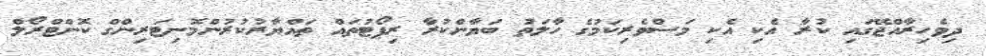
ދިވެހިރާއްޖޭގައި ކުރާ އެކި އެކި މަސްވެރިކަމުގެ ހާލަތު ބަޔާންކުރާ ރިޕޯޓުތައް ތައްޔާރުކުރުންމޮނިޓަރިންގް ކޮންޓްރޯލް